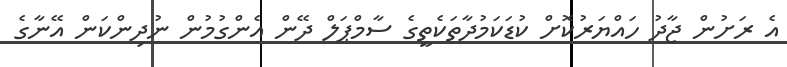
އެ ރަށުން ޖާދު ހައްޔަރުކޮށް ކުޑަކަމުދާތަކެތީގެ ސާމްޕަލް ދޭން އެންގުމުން ނުދިންކަން އޭނާގެ